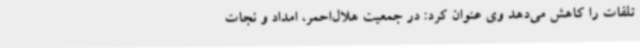
تلفات را کاهش می‌دهد وی عنوان کرد: در جمعیت هلال‌احمر، امداد و نجات